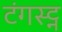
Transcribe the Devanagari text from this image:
टंगस्ट्न